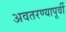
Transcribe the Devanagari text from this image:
अवतरण्यापूर्वी